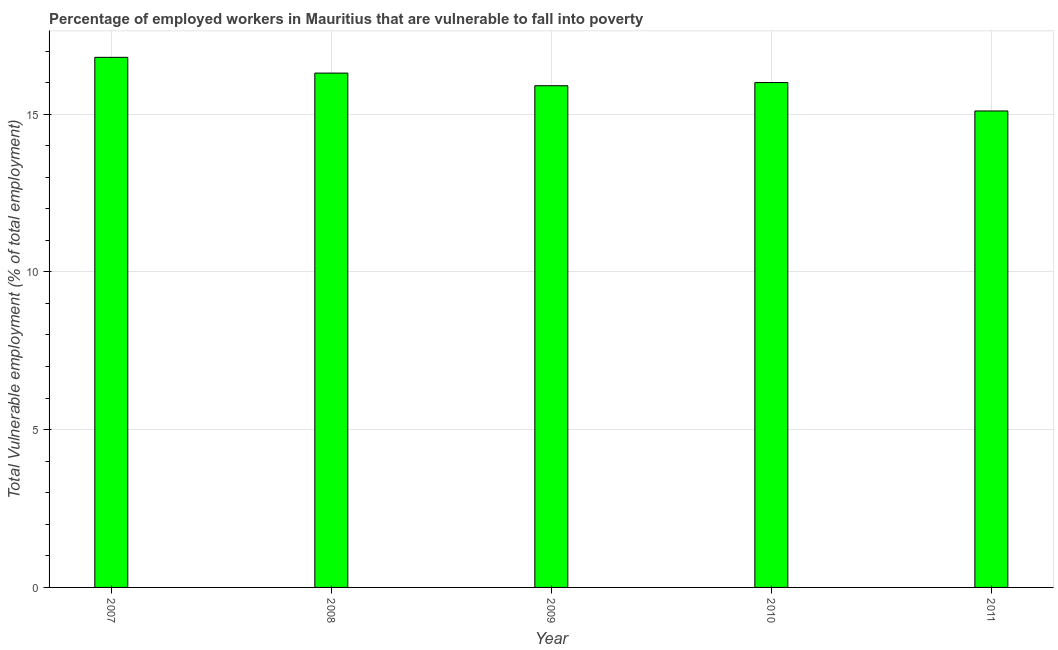
| Year | Vulnerable employment |
 | --- | --- |
 | 2007 | 16.8 |
 | 2008 | 16.3 |
 | 2009 | 15.9 |
 | 2010 | 16 |
 | 2011 | 15.1 |